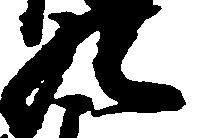
九